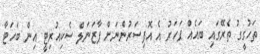
ތަހުގީގު ތެރޭގައި ބައެއް ފަހަރު އެ އޮފިސަރުންނަށް ޕާޒަނަލް ސެކިއުރިޓީ އިން ބަހަޓާ